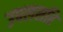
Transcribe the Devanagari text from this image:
उपलसरि